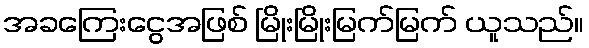
အခကြေးငွေအဖြစ် မြိုးမြိုးမြက်မြက် ယူသည်။